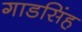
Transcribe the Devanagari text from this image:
गाडसिंह